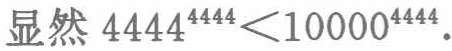
显然 \(4444^{4444}<10000^{4444}\)。